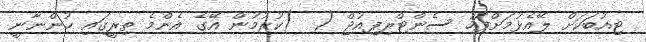
ޓިއުބަކަށް ލޭއެޅުމަށްފަހު ސެންޓްރިފިއުޖް (  )ކުރުމުން އޭގެ އެންމެ ތިރީގައި ހުންނާނީ